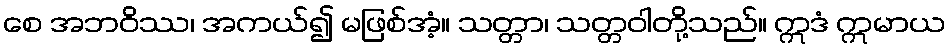
စေ အဘဝိဿ၊ အကယ်၍ မဖြစ်အံ့။ သတ္တာ၊ သတ္တဝါတို့သည်။ ဣဒံ ဣမာယ